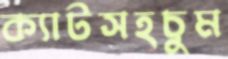
ক্যাটসহচুম